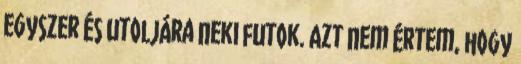
egyszer és utoljára neki futok. Azt nem értem, hogy